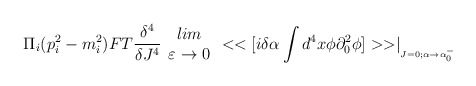
\begin{align*}\Pi _{i}(p^{2}_{i}-m^{2}_{i})FT\frac{\delta ^{4}}{\delta J^{4}}\begin{array}{c}lim\\\varepsilon \rightarrow 0\end{array}<<[i\delta \alpha \int d^{4}x\phi \partial ^{2}_{0}\phi ]>>\mid _{_{J=0;\alpha \rightarrow \alpha ^{-}_{0}}}\end{align*}